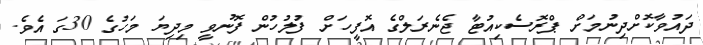
ދައުވާކޮށްދިނުމަށް ޕްރޮސެކިއުޓާ ޖެނެރަލްގެ އޮފީހަށް ފުލުހުން ފޮނުވީ މިދިޔަ މަހުގެ 30ގަ އެވެ.